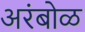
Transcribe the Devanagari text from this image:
अरंबोळ